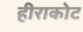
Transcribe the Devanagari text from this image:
हीराकोट